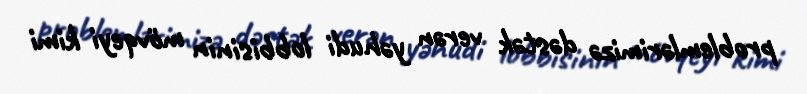
problemlərimizə dəstək verən yəhudi lobbisinin mövqeyi kimi